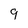
Character: 9